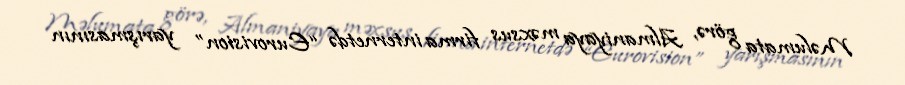
Məlumata görə, Almaniyaya məxsus firma internetdə “Eurovision” yarışmasının